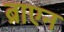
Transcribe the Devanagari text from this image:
ब्राएन